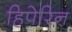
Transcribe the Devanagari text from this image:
हिपेरिन